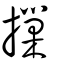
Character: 摷